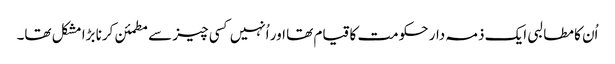
اُن کا مطالبی ایک ذمہ دار حکومت کا قیام تھا اور اُنہیں کسی چیز سے مطمئن کرنا بڑا مشکل تھا۔